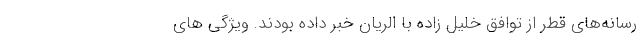
رسانه‌های قطر از توافق خلیل زاده با الریان خبر داده بودند. ویژگی های